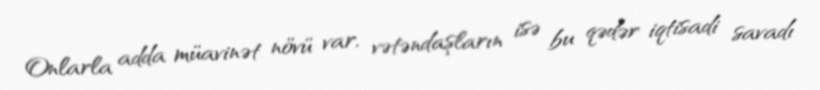
Onlarla adda müavinət növü var, vətəndaşların isə bu qədər iqtisadi savadı